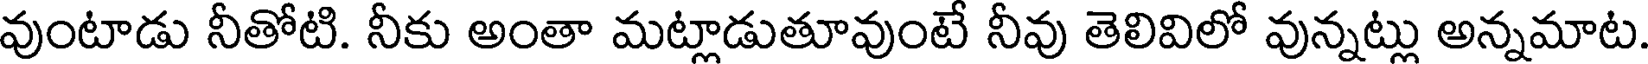
వుంటాడు నీతోటి. నీకు అంతా మట్లాడుతూవుంటే నీవు తెలివిలో వున్నట్లు అన్నమాట